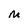
Character: M